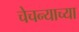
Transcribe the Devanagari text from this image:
चेचन्याच्या